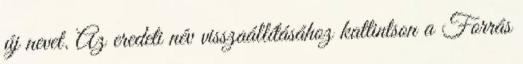
új nevet. Az eredeti név visszaállításához kattintson a Forrás